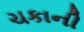
ચકાની